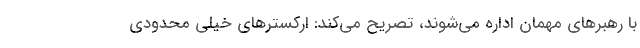
با رهبرهای مهمان اداره می‌شوند، تصریح می‌کند: ارکسترهای خیلی محدودی